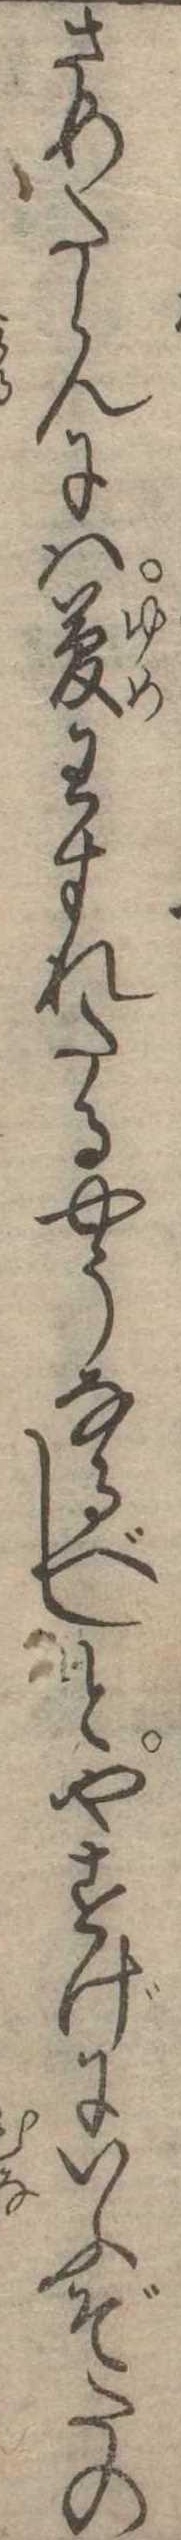
さめたらんには夢わすれたるやうなるべしとやすげにいふぞたの